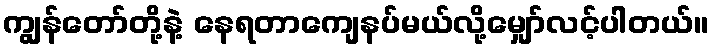
ကျွန်တော်တို့နဲ့ နေရတာကျေနပ်မယ်လို့မျှော်လင့်ပါတယ်။